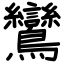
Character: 鸞